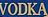
VODKA